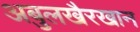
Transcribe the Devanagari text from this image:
अबुलखैरखान